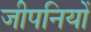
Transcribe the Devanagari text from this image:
जीपनियों